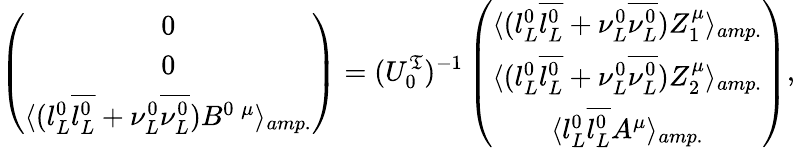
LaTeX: \left(\begin{array}{c}{{0}}\\ {{0}}\\ {{\langle(l_{L}^{0}\overline{{{l_{L}^{0}}}}+\nu_{L}^{0}\overline{{{\nu_{L}^{0}}}}){B}^{0\; \mu}\rangle_{amp.}}}\end{array}\right)=(U_{0}^{\mathfrak{T}})^{-1}\left(\begin{array}{c}{{\langle(l_{L}^{0}\overline{{{l_{L}^{0}}}}+\nu_{L}^{0}\overline{{{\nu_{L}^{0}}}}){Z}_{1}^{\mu}\rangle_{amp.}}}\\ {{\langle(l_{L}^{0}\overline{{{l_{L}^{0}}}}+\nu_{L}^{0}\overline{{{\nu_{L}^{0}}}}){Z}_{2}^{\mu}\rangle_{amp.}}}\\ {{\langle l_{L}^{0}\overline{{{l_{L}^{0}}}}{A}^{\mu}\rangle_{amp.}}}\end{array}\right),